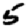
Digit: 5